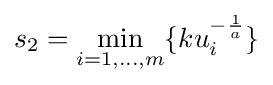
s_{2}=\min _{i=1,\ldots ,m}\{ku_{i}^{-{\frac {1}{a}}}\}